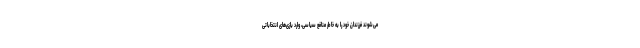
می‌شوند فرزندان خود را به خاطر منافع سیاسی، وارد بازی‌های انتخاباتی